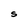
Character: S